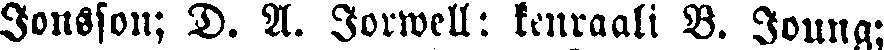
Jonsson; D. A. Jorwell; kenraali B. Joung;